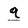
Character: q